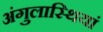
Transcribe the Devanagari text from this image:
अंगुलास्थियां